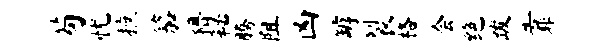
苟忧摭笳猾秘腾阻凶罅裂格会绝跋靠